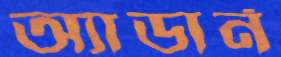
অ্যাডার্ন